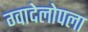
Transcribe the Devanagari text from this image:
ग्वादेलोपला